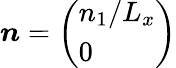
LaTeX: \boldsymbol{n}=\left(\begin{array}{l}{n_{1}/L_{x}}\\ {0}\end{array}\right)